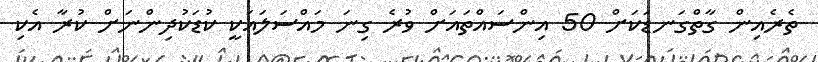
ތެރެއިން ގާތްގަނޑަކަށް 50 އިންސައްތައަށް ވުރެ ގިނަ މައްސަލައަކީ ކުޑަކުދިންނަށް ކުރާ އެކި